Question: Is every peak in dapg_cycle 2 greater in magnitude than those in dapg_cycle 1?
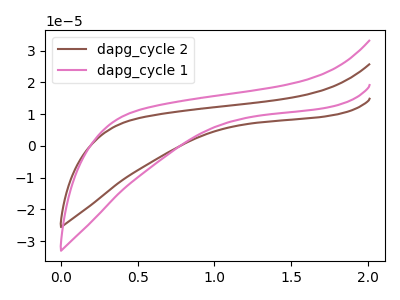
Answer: <think>The brown curve "dapg_cycle 2" has no peaks. The pink curve "dapg_cycle 1" has no peaks.</think>
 <answer>Niether CV has any peaks.</answer>
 <eval>blanks</eval>